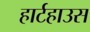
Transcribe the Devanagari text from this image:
हार्टहाउस